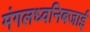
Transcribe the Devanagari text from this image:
मंगलध्वनिबजाई